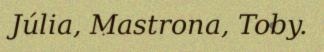
Júlia, Mastrona, Toby.